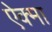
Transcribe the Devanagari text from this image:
ऐक्मा